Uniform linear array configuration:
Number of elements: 4
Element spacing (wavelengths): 0.5
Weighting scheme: hann
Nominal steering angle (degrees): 0
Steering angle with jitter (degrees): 0.1059
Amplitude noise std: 0.05
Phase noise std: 0.05

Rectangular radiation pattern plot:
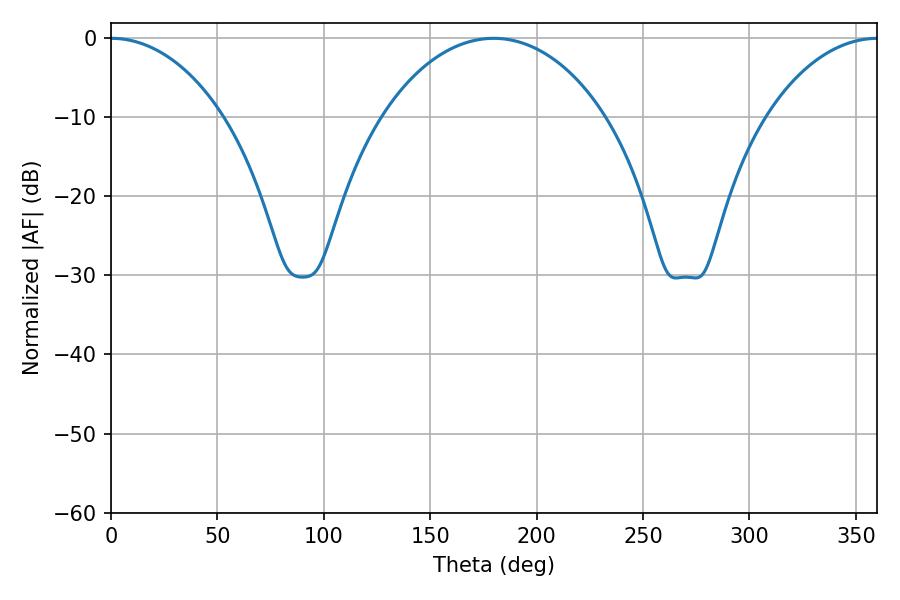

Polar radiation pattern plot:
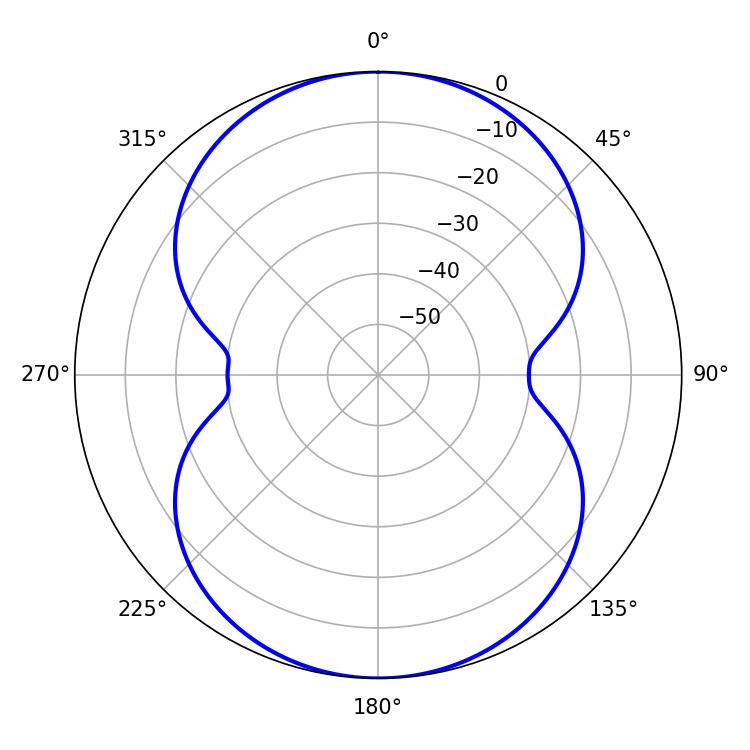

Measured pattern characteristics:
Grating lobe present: FALSE
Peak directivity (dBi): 23.618
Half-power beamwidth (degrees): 30.06
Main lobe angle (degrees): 0.18